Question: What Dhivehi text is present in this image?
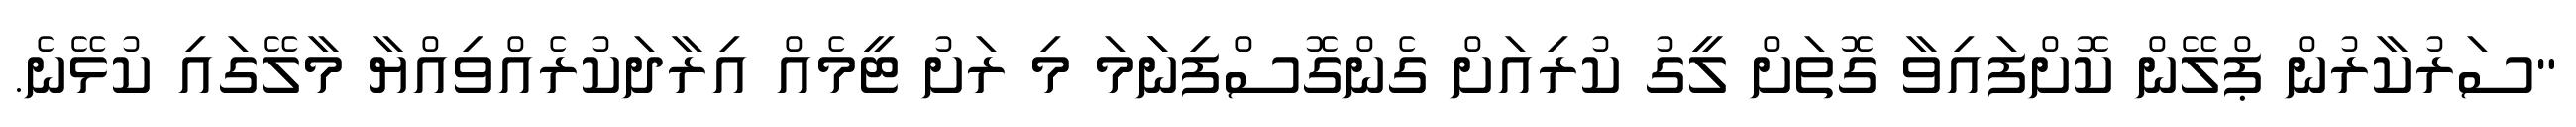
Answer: "ސަރުކާރުން ޕްލޭން ކޮށްފައިވާ ގޮތަށް ލީގު ކުރިއަށް ގެންގޮސްފިނަަމަ މި ރަށު ޓީމެއް އިރާދަކުރެއްވިއްޔާ މާލޭގައި ކުޅޭނެ.